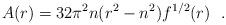
LaTeX: \begin{align*}A(r)=32\pi^2n (r^2-n^2)f^{1/2}(r)~~.\end{align*}